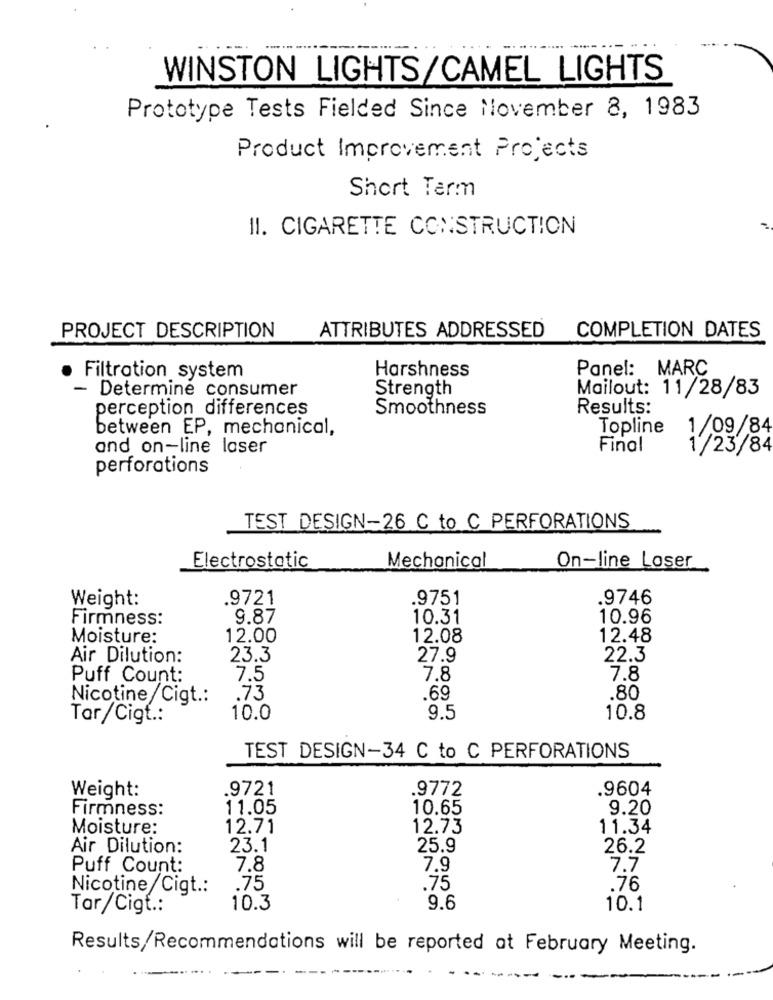
WINSTON LIGHTS/CAMEL LIGHTS
Prototype Tests Fielded Since November 8, 1983
Product Improvement Projects
Short Term
11. CIGARETTE CONSTRUCTION
PROJECT DESCRIPTION
ATTRIBUTES ADDRESSED
COMPLETION DATES
Panel: MARC
· Filtration system
Harshness
Strength
Mailout: 11/28/83
- Determine consumer
perception_differences
Smoothness
Results:
between EP, mechanical,
Topline
1/09/84
and on-line laser
Final
1/23/84
perforations
TEST DESIGN-26 C to C PERFORATIONS
Electrostatic
Mechanical
On-line Loser
Weight:
.9721
.9751
.9746
Firmness:
9.87
10.31
10.96
Moisture:
12.00
12.08
12.48
Air Dilution:
23.3
27.9
22.3
Puff Count:
7.5
7.8
7.8
Nicotine/Cigt .:
.73
.69
.80
Tar/Cigt .:
10.0
9.5
10.8
TEST DESIGN-34 C to C PERFORATIONS
.9721
.9604
Weight:
.9772
Firmness:
11.05
10.65
9.20
Moisture:
12.71
12.73
11.34
Air Dilution:
23.1
25.9
26.2
Puff Count:
7.8
7.9
7.7
Nicotine/Cigt .:
.75
.75
.76
Tar/Cigt .:
10.3
9.6
10.1
Results/Recommendations will be reported at February Meeting.